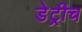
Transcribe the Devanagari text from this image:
डेट्रीच